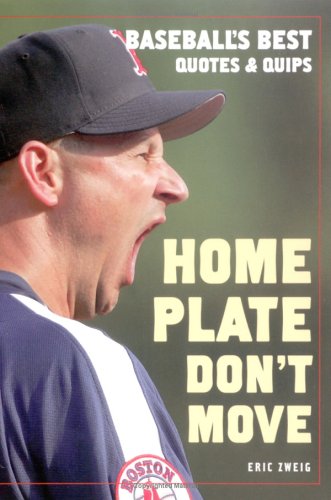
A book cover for Home Plate Don't Move: Baseball's Best Quotes and Quips; Teen & Young Adult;